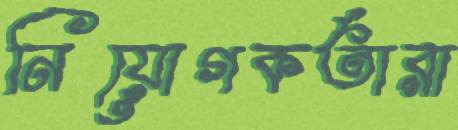
নিয়োগকর্তারা